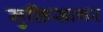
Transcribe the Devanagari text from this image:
मुक्तिसागर